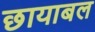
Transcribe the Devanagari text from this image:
छायाबल